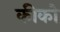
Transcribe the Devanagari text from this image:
कीको